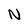
Character: N